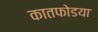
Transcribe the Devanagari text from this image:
कातफोडया